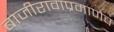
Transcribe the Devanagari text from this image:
बाजीरावाप्रमाणेच